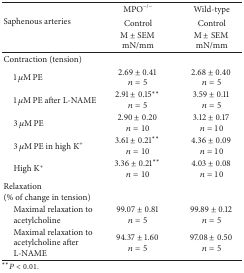
<table><thead><tr><td rowspan="3"><b>Saphenous arteries</b></td><td><b>MPO<sup>−/−</sup></b></td><td><b>Wild-type</b></td></tr><tr><td><b>Control</b></td><td><b>Control</b></td></tr><tr><td><b>M ± SEM mN/mm</b></td><td><b>M ± SEM mN/mm</b></td></tr></thead><tbody><tr><td>Contraction (tension)</td><td> </td><td> </td></tr><tr><td> 1 <i>μ</i>M PE</td><td>2.69 ± 0.41 <i>n</i> = 5</td><td>2.68 ± 0.40 <i>n</i> = 5</td></tr><tr><td> 1 <i>μ</i>M PE after L-NAME</td><td>2.91 ± 0.15** <i>n</i> = 5</td><td>3.59 ± 0.11 <i>n</i> = 5</td></tr><tr><td> 3 <i>μ</i>M PE</td><td>2.90 ± 0.20 <i>n</i> = 10</td><td>3.12 ± 0.17 <i>n</i> = 10</td></tr><tr><td> 3 <i>μ</i>M PE in high K<sup>+</sup></td><td>3.61 ± 0.21** <i>n</i> = 10</td><td>4.36 ± 0.09 <i>n</i> = 10</td></tr><tr><td> High K<sup>+</sup></td><td>3.36 ± 0.21** <i>n</i> = 10</td><td>4.03 ± 0.08 <i>n</i> = 10</td></tr><tr><td>Relaxation (% of change in tension)</td><td> </td><td> </td></tr><tr><td> Maximal relaxation to acetylcholine </td><td>99.07 ± 0.81 <i>n</i> = 5</td><td>99.89 ± 0.12 <i>n</i> = 5</td></tr><tr><td> Maximal relaxation to acetylcholine after L-NAME</td><td>94.37 ± 1.60 <i>n</i> = 5</td><td>97.08 ± 0.50 <i>n</i> = 5</td></tr></tbody></table>